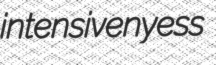
intensivenyess